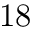
1 8